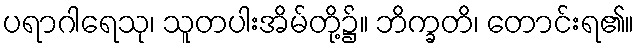
ပရာဂါရေသု၊ သူတပါးအိမ်တို့၌။ ဘိက္ခတိ၊ တောင်းရ၏။